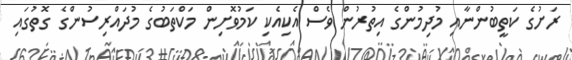
ރަށުގެ ކަތީބުންނާއި މުދިމުންގެ އިތުރުން ވެސް އެކިއެކި ކަމުވޮށިން މަކްތަބުގެ މުދައްރިސުންގެ ގޮތުގައި